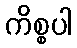
ကိစ္စပါ